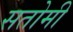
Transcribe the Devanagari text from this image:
सतोमी